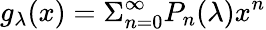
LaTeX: g_{\lambda}(x)=\Sigma_{n=0}^{\infty}P_{n}(\lambda)x^{n}